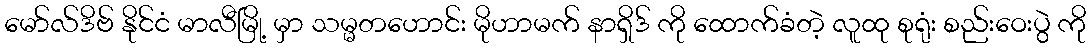
မော်လ်ဒိဗ် နိုင်ငံ မာလီမြို့ မှာ သမ္မတဟောင်း မိုဟာမက် နာရှိဒ် ကို ထောက်ခံတဲ့ လူထု စုရုံး စည်းဝေးပွဲ ကို